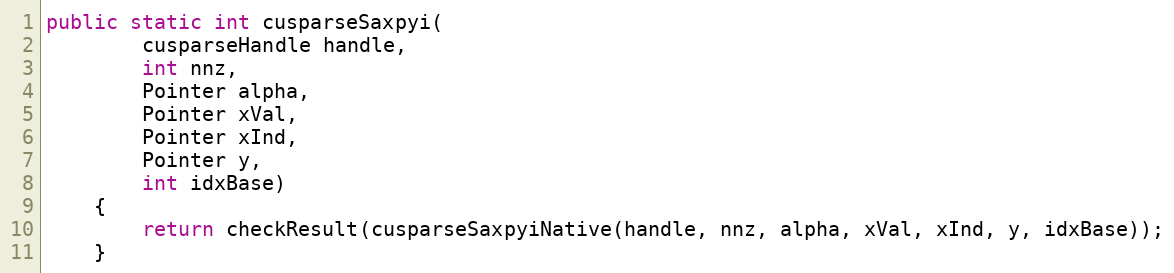
Language: Java
public static int cusparseSaxpyi(
        cusparseHandle handle,
        int nnz,
        Pointer alpha,
        Pointer xVal,
        Pointer xInd,
        Pointer y,
        int idxBase)
    {
        return checkResult(cusparseSaxpyiNative(handle, nnz, alpha, xVal, xInd, y, idxBase));
    }